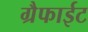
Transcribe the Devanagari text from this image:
ग्रैफाईट